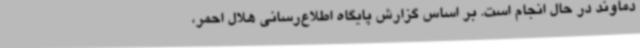
دماوند در حال انجام است. بر اساس گزارش پایگاه اطلاع‌رسانی هلال احمر،